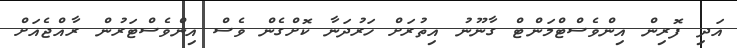
އަދި ފޮރިން އިންވެސްޓްމަންޓް ގާނޫނު އިތުރަށް ހަރުދަނާ ކޮށްގެން ވެސް އިންވެސްޓަރުން ރާއްޖެއަށް